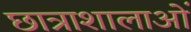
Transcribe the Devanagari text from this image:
छात्राशालाओं